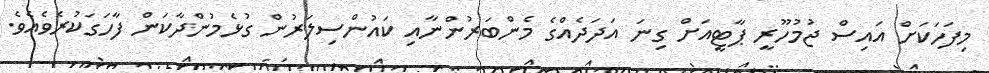
މިފަހަކަށް އައިސް ޖުމުހޫރީ ޕާޓީއަށް ގިނަ އަދަދެއްގެ މެންބަރުންނާއި ކައުންސިލަރުން ގުޅެމުންދާކަން ފާހަގަކުރެވެއެވެ.